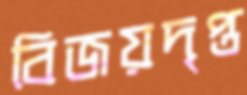
বিজয়দৃপ্ত